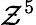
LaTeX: \mathcal{Z}^{5}